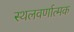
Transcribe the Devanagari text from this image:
स्थलवर्णात्मक